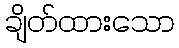
ချိတ်ထားသော